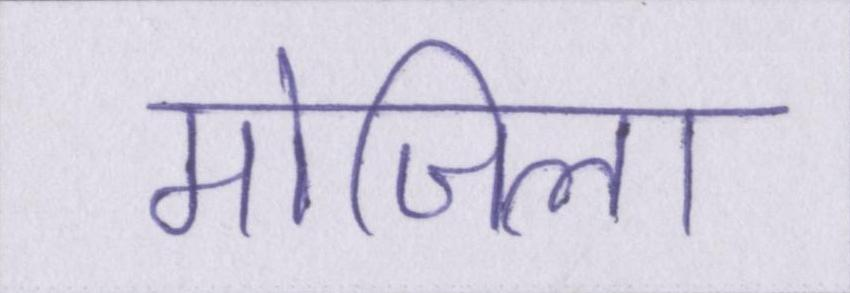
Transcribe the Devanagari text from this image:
मोजिला